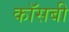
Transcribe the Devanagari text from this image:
कॉसबी